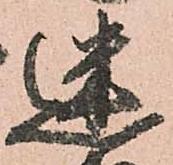
迷